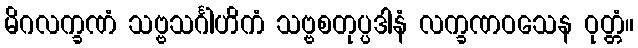
မိဂလက္ခဏံ သဗ္ဗသင်္ဂါဟိကံ သဗ္ဗစတုပ္ပဒါနံ လက္ခဏဝသေန ဝုတ္တံ။